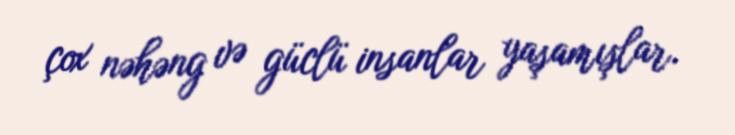
çox nəhəng və güclü insanlar yaşamışlar.